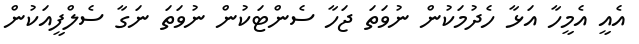
އެއީ އެމީހާ އަޅާ ހެދުމަކުން ނުވަތަ ޖަހާ ސެންޓަކުން ނުވަތަ ނަގާ ސެލްފީއަކުން